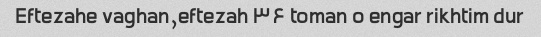
Eftezahe vaghan,eftezah ۳۶ toman o engar rikhtim dur